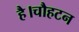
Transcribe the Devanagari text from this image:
है।चौहटन